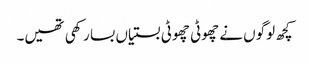
کچھ لوگوں نے چھوٹی چھوٹی بستیاں بسا رکھی تھیں۔